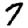
Digit: 7